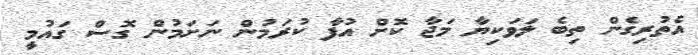
އެތުރިގެން ތިބެ ލަވަކިޔާ މަޖާ ކޮށް އުފާ ކުރަމުން ނަށަމުން ގޮސް ގައުމީ